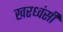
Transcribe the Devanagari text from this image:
खरध्वंसी